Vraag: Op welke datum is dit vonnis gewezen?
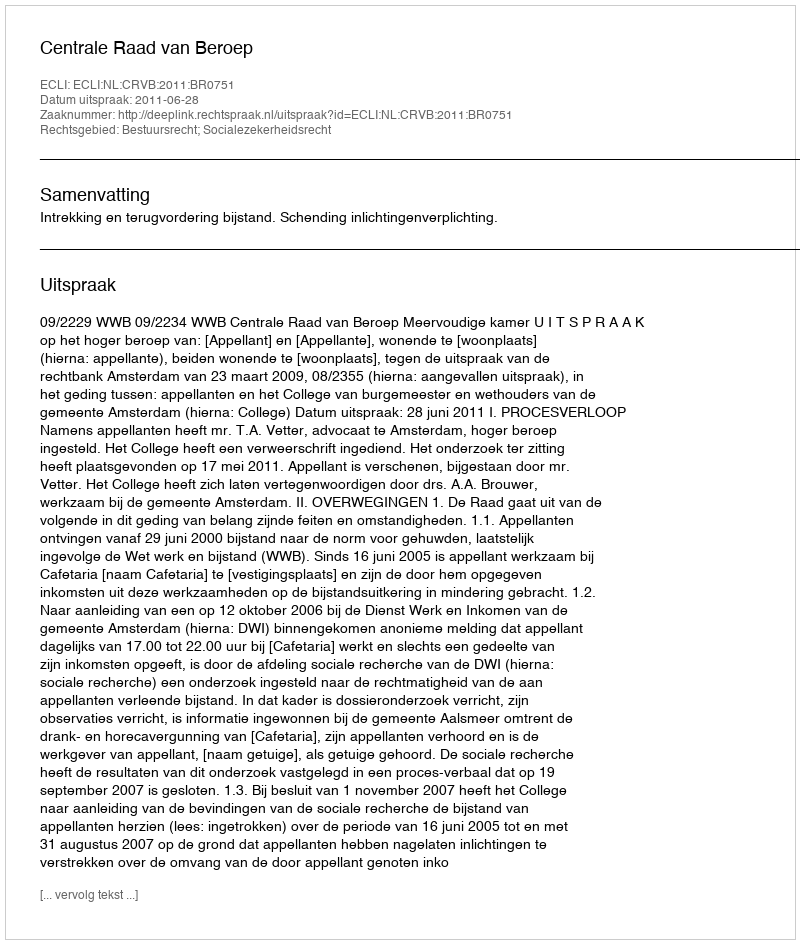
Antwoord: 2011-06-28